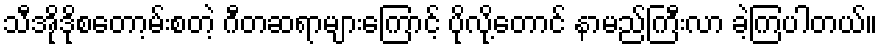
သီအိုဒိုစတော့မ်းစတဲ့ ဂီတဆရာများကြောင့် ပိုလို့တောင် နာမည်ကြီးလာ ခဲ့ကြပါတယ်။